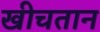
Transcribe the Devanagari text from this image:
खीचतान